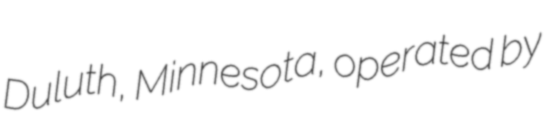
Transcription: Duluth, Minnesota, operated by